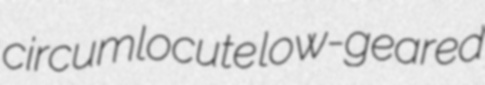
circumlocute low-geared